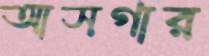
আসগার